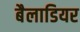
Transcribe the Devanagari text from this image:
बैलाडियर